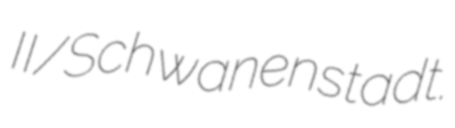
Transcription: II/Schwanenstadt.